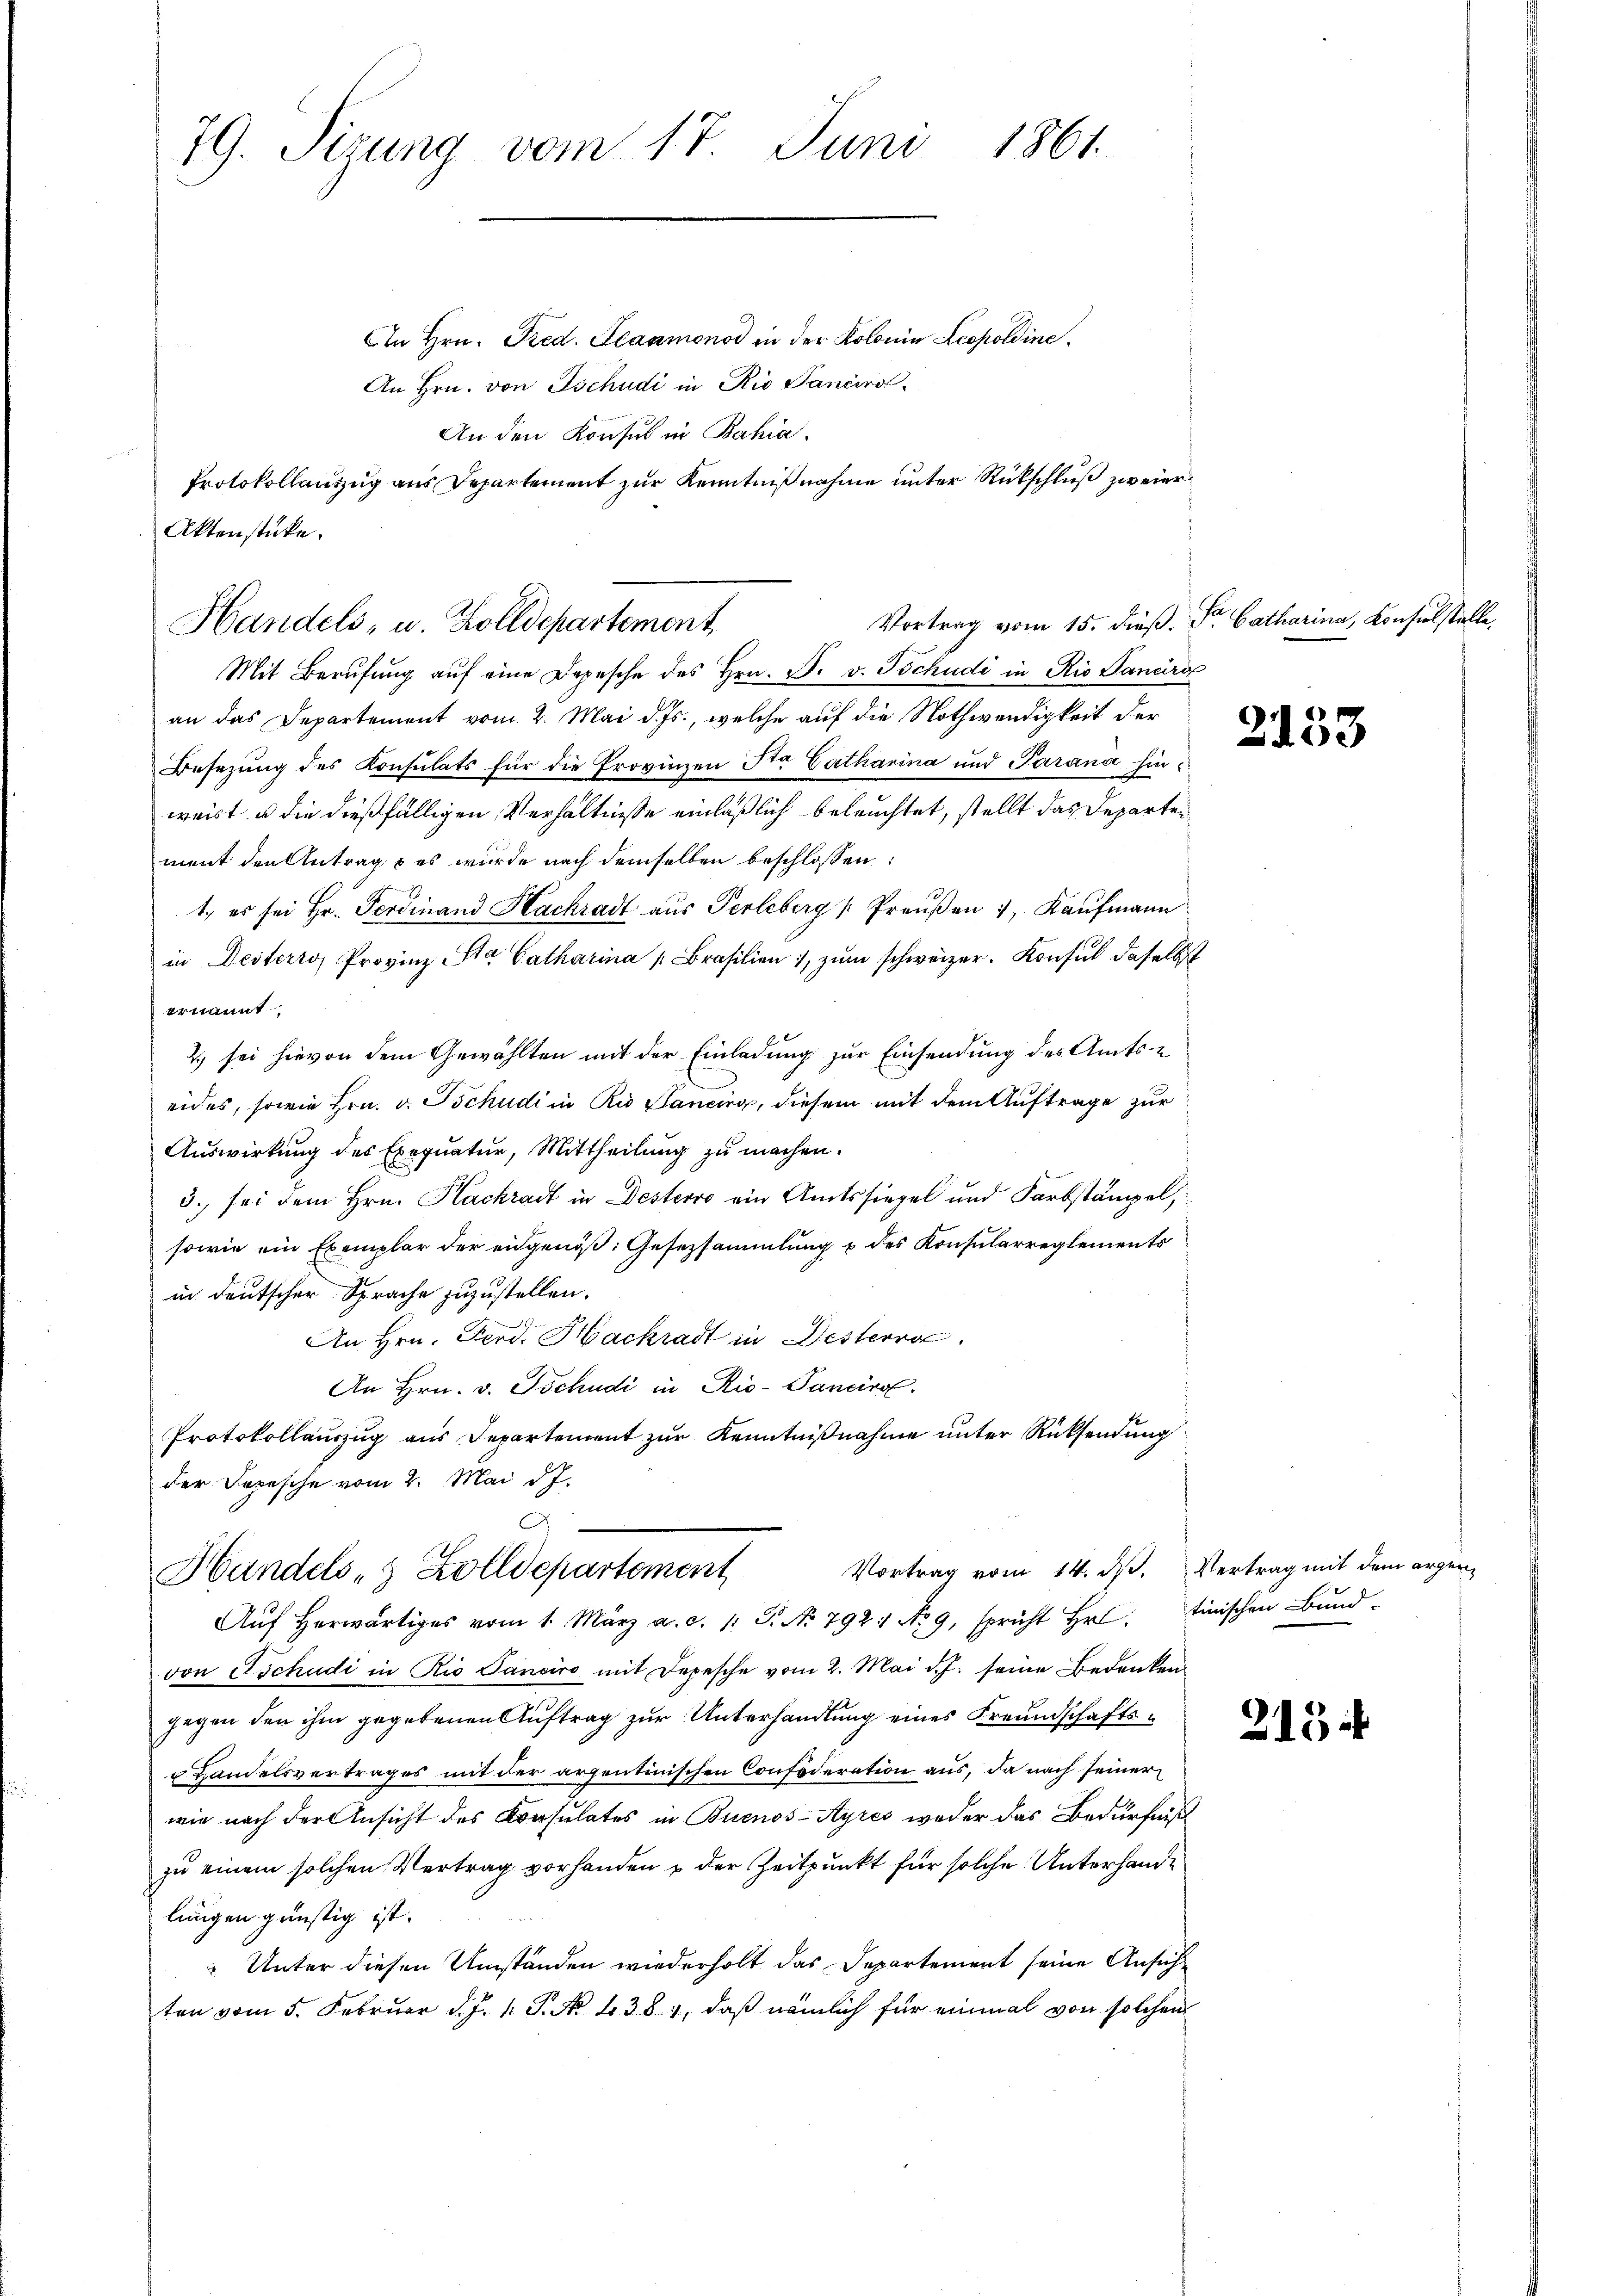
79. Sizung vom 17. Juni 1861.

An den Konsul in Bahia.
Protokollauszug aus Departement zur Kenntnißnahme unter Rückschluß zweier
Aktenstücke.
Handels, u. Zolldepartement

In Hrn. Fred. Scammonod in der Kolonia Leopoldine
An Hrn. von Tschudi in Rio Sancirol
Mit Berufung aŭf eine Depesche des Hrn. F. v. Tschudi in Rio Pancra
an das Departement vom 2. Mai d. Js., welche auf die Nothwendigkeit der
Besetzung des Konsulats für die Provinzen Sta Catharina und Paran hinweist u die dießfälligen Verhältnisse einläßlich beleuchtet, stellt das Departen
ment den Antrag & es wurde nach demselben beschlossen:
1., es sei Hr. Ferdinand Hackradt aus Perleberg "Preŭβen 7, Kaŭfmann
in Desterro, Provinz Sta Catharina Brasilien, zŭm schweizer. Konsul daselbst
ernannt.
2.) sei hievon dem Gewählten mit der Einladung zur Einsendung des Amts-
eides, sowie Hrn. v. Tschudi in Rio Sancirg, diesem mit dem Auftrage zur
Auswirkung des Exequatur, Mittheilung zu machen.
3. sei dem Hrn. Kackradt in Desterre ein Amtssiegel und Farbstämpel,
sowie ein Exemplar der eidgenöβ: Gesetzsammlung u des Konsularreglements
in deutscher Sprache zuzustellen.
An Hrn. Ferd. Hackradt in Desterra
An Hrn. v. Tschudi in Rio-Pancirol.
Protokollauszug aus Departement zur Kenntnißnahme unter Rücksendung
der Depesche vom 2. Mai d. J.
Vortrag vom 14. ds. Vertrag mit dem argen
Handels- & Zolldepartement
Aŭf herwärtiges vom 1. März a. c. 1: P. No 7921 No 9, spricht Hr. tinischen Bŭnd-
von Etschudi in Rio Sanciro mit Depesche vom 2. Mai d. J. seine Bedenken
gegen den ihm gegebenen Auftrag zur Unterhandlung eines Freundschafts¬
 Handelsvertrages mit der arzentinischen Confoderation aus, da nach seiner
wie nach der Ansicht des Konsulates in Buenos-Ayres weder das Bedürfniß
zu einem solchen Vertrag vorhanden u der Zeitpunkt für solche Unterhandlungen günstig ist.
Unter diesen Umständen wiederholt das Departement seine Ansicht
ten vom 5. Februar d. J. P. No 1381, daß nämlich für einmal von solchen

Vortrag vom 15. dieß. Dr. Catharina, Consiel stelle,

2153

215